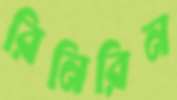
রিনিরিন